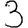
Digit: 3